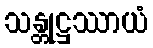
သန္တုဋ္ဌဿာယံ